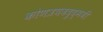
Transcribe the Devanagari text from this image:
कोणत्रयवदुद्भवी